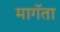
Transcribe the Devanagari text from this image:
मागॅता